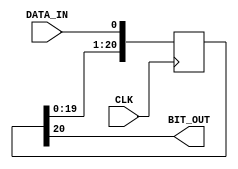
module shift_register_v(
input CLK,
input DATA_IN,
output BIT_OUT
);

parameter N = 21;
reg [N-1 : 0] bitShiftReg;
integer i;

initial begin
	bitShiftReg = 0;
end
always @(posedge CLK)
begin
	bitShiftReg <= { bitShiftReg[N-2:0], DATA_IN };
end 
assign BIT_OUT = bitShiftReg[ N-1 ];
endmodule


//http://www.bitweenie.com/listings/verilog-shift-register/



/*module regN(reset, CLK, D, Q);
input reset;
input CLK;
parameter N = 8; //AllowNtobechanged

input[N-1:0] D;
output [N-1:0] Q;
reg [N-1:0] Q;
always @(posedge CLK or posedge reset)
	if( reset )
		Q = 0;
	else if(CLK == 1)
		Q = D;
endmodule
//regN*/